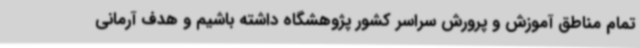
تمام مناطق آموزش و پرورش سراسر کشور پژوهشگاه داشته باشیم و هدف آرمانی